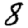
Digit: 8